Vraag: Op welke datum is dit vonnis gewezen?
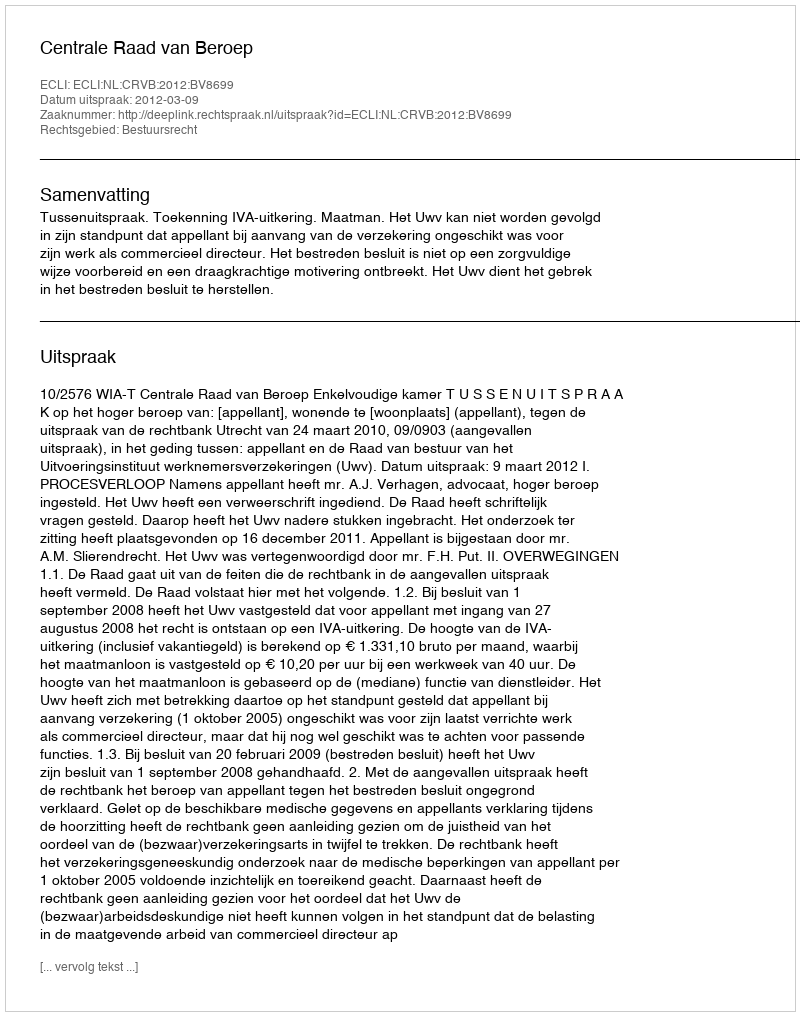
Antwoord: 2012-03-09